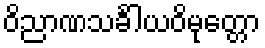
ဝိညာဏသင်္ခါယဝိမုတ္တော